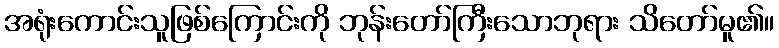
အရုံးကောင်းသူဖြစ်ကြောင်းကို ဘုန်းတော်ကြီးသောဘုရား သိတော်မူ၏။